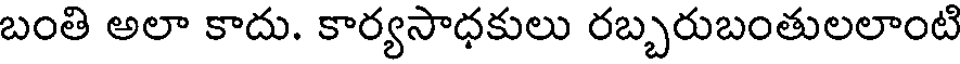
బంతి అలా కాదు. కార్యసాధకులు రబ్బరుబంతులలాంటి